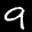
Label: 9